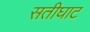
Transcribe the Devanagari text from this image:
सतीघाट